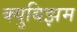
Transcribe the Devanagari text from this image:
क्युबिझम